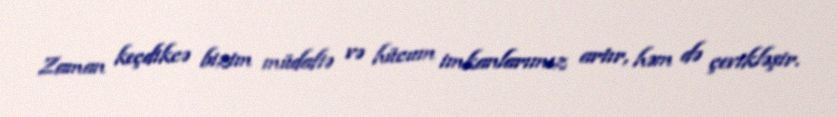
Zaman keçdikcə bizim müdafiə və hücum imkanlarımız artır, həm də çevikləşir.